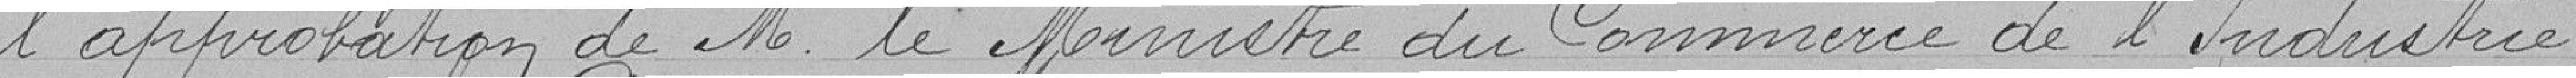
l'approbation de M. le Ministre du Commerce de l'Industrie.